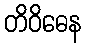
တိဝိဓေန